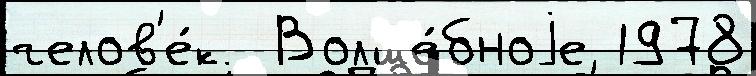
челов'е́к  Волше́бноjе 1978